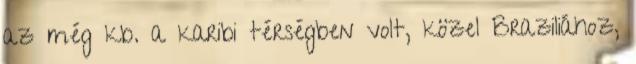
az még kb. a karibi térségben volt, közel Braziliához,